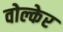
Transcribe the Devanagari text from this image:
वोल्केर